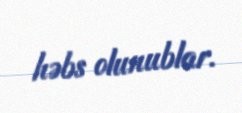
həbs olunublar.